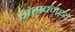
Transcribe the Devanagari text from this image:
संसदमध्ये